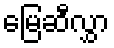
မြေဆီလွှာ